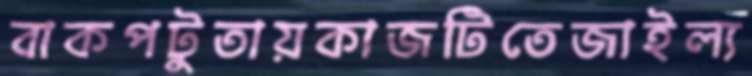
বাকপটুতায়কাজটিতেজাইল্য